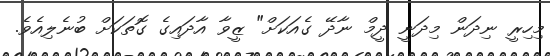
މިހިރީ ނިދަން މިދަނީ ދީމް ނާދޭ ގެއަކަށް" ޒީވާ އާދައިގެ ގޮތަކަށް ބުނެލިއެވެ.